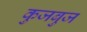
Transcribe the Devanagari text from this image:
कुजबुज